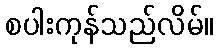
စပါးကုန်သည်လိမ်။